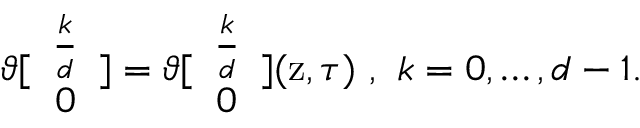
\vartheta [ \begin{array} { c } { { \frac { k } { d } } } \\ { { 0 } } \end{array} ] = \vartheta [ \begin{array} { c } { { \frac { k } { d } } } \\ { { 0 } } \end{array} ] ( \mathrm { z } , \tau ) \ , \ k = 0 , \ldots , d - 1 .